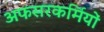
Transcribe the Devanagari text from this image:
अफसरकर्मियों